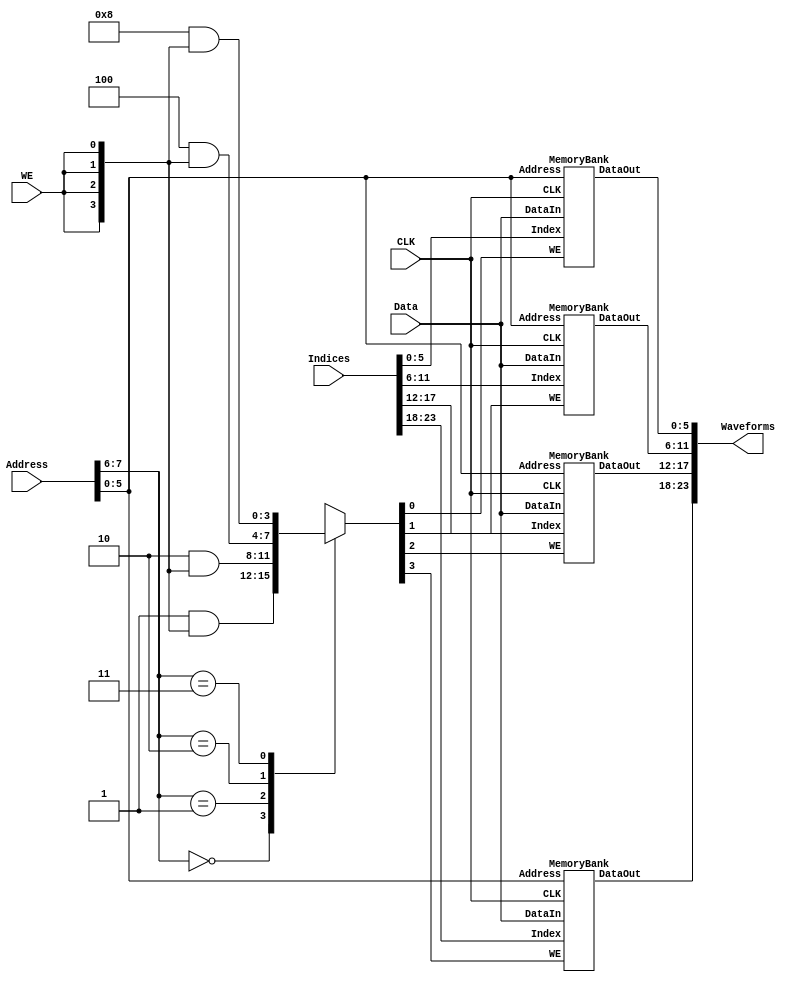
/*  WavetableRAM.v - Module for the 4 memory banks which are used to store the unique waveforms
    for each output channel.
    
    Copyright 2018 Patrick Cland
    www.setsunasoft.com */

`timescale 1ns / 1ps
module WavetableRAM(CLK, WE, Address, Data, Indices, Waveforms);
    input CLK;
    input WE;               //Allows overwriting of wavetable         
    input[7:0] Address;     //Address of wavetable to update with sample
    input[5:0] Data;        //Wavetable sample to update value at RAM[Address]
    input[23:0] Indices;    //Indices from phase accumulator packed in single vector {Index3, Index2, Index1, Index0}
    output[23:0] Waveforms; //Waveforms packed in single vector, {Waveform3, Waveform2, Waveform1, Waveform0}
    
    reg[3:0] BankWriteEnable;   //Write enable for memory bank only if Wavetable RAM WE is enabled
    wire[5:0] Index[0:3];       //Indices split up for each wavetable since verilog doesn't support 2D arrray inputs
    
    assign Index[0] = Indices[5:0];
    assign Index[1] = Indices[11:6];
    assign Index[2] = Indices[17:12];
    assign Index[3] = Indices[23:18];
    
    //Upper 2 bits determine which bank is written to
    always @ (Address[7:6] or WE) begin
        case(Address[7:6])
            2'b00: BankWriteEnable = 4'b0001 & {4{WE}};
            2'b01: BankWriteEnable = 4'b0010 & {4{WE}};
            2'b10: BankWriteEnable = 4'b0100 & {4{WE}};
            2'b11: BankWriteEnable = 4'b1000 & {4{WE}};
        endcase
    end
    
    MemoryBank Bank0(.CLK(CLK), .WE(BankWriteEnable[0]), .Address(Address[5:0]), .Index(Index[0]), .DataIn(Data), .DataOut(Waveforms[5:0]));
    MemoryBank Bank1(.CLK(CLK), .WE(BankWriteEnable[1]), .Address(Address[5:0]), .Index(Index[1]), .DataIn(Data), .DataOut(Waveforms[11:6]));
    MemoryBank Bank2(.CLK(CLK), .WE(BankWriteEnable[2]), .Address(Address[5:0]), .Index(Index[2]), .DataIn(Data), .DataOut(Waveforms[17:12]));
    MemoryBank Bank3(.CLK(CLK), .WE(BankWriteEnable[3]), .Address(Address[5:0]), .Index(Index[3]), .DataIn(Data), .DataOut(Waveforms[23:18]));

endmodule

module MemoryBank(CLK, WE, Address, DataIn, Index, DataOut);
    input CLK;
    input WE;
    input[5:0] Address;
    input[5:0] DataIn;
    input[5:0] Index;
    output[5:0] DataOut;
    
    reg[5:0] RAM[0:63];     //RAM to store wavetable samples
    
    always @ (posedge CLK) begin
        if(WE) begin
            RAM[Address] <= DataIn;
        end 
    end
    
    assign DataOut = RAM[Index];
endmodule